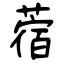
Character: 蓿